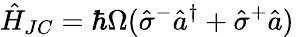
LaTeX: \hat{H}_{JC}=\hbar\Omega(\hat{\sigma}^{-}\hat{a}^{\dagger}+\hat{\sigma}^{+}\hat{a})\,